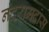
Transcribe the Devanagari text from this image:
नंदरामदास